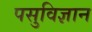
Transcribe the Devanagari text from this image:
पसुविज्ञान